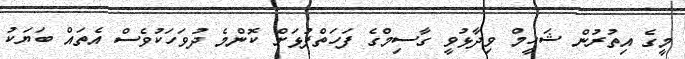
މީގެ އިތުރުން ޝަހީމް ވިދާޅުވީ ގާސިމްގެ ފަހަތްޕުޅަށް ކޮންމެ ދުވަހަކުވެސް އެތައް ބަޔަކު